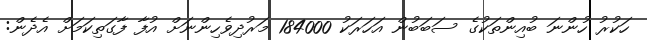
ހަކުރު ހުންނަ ބުއިންތަކުގެ ސަބަބުން އަހަރަކު 184000 މަރުދިވެހިންނަށް އުފާ ފާގަތިކަމަށް އެދެން: